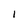
Character: I